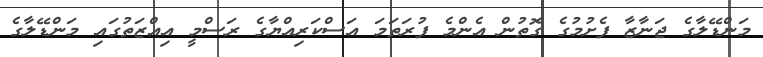
މަންޑޭލާގެ ޖަނާޒާ ފެށުމުގެ ގޮތުން އެންމެ ފުރަތަމަ އަސްކަރިއްޔާގެ ރަސްމީ އިއްޒަތުގައި މަންޑޭލާގެ